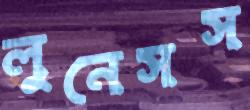
লুনেসস